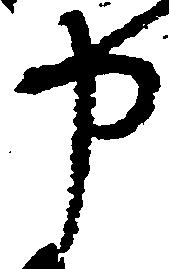
申